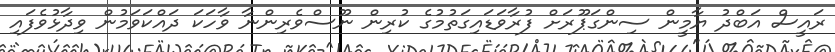
ރައީސް އަބްދު ޔާމީން ސިންގަޕޫރަށް ފުރާވަޑައިގަތުމުގެ ކުރިން ނޫސްވެރިންނާ ވާހަކަ ދައްކަވަމުން ވިދާޅުވެފައި